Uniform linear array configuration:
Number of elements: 24
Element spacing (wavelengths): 0.5
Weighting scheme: uniform
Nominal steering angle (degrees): -45
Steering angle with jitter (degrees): -46.954
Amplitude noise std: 0.05
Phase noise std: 0.05

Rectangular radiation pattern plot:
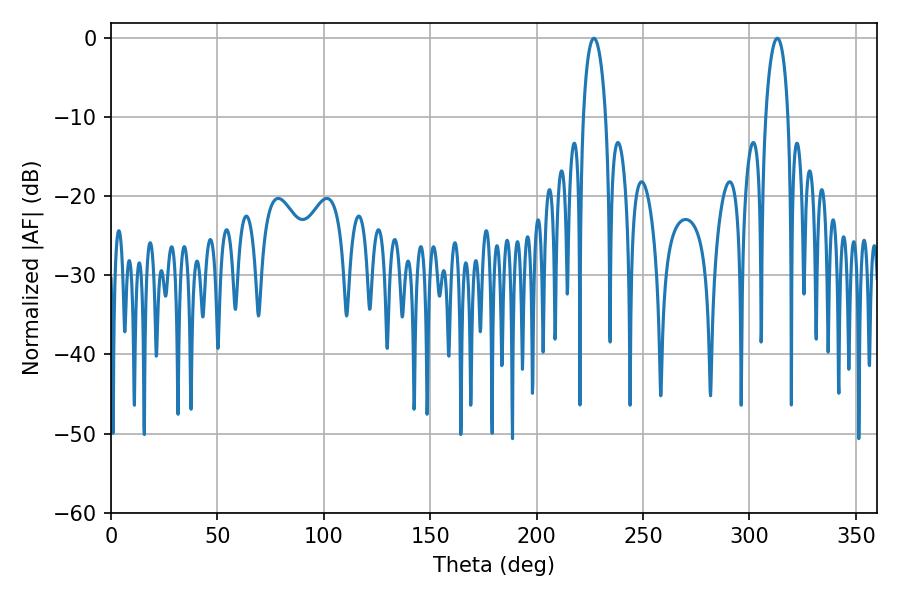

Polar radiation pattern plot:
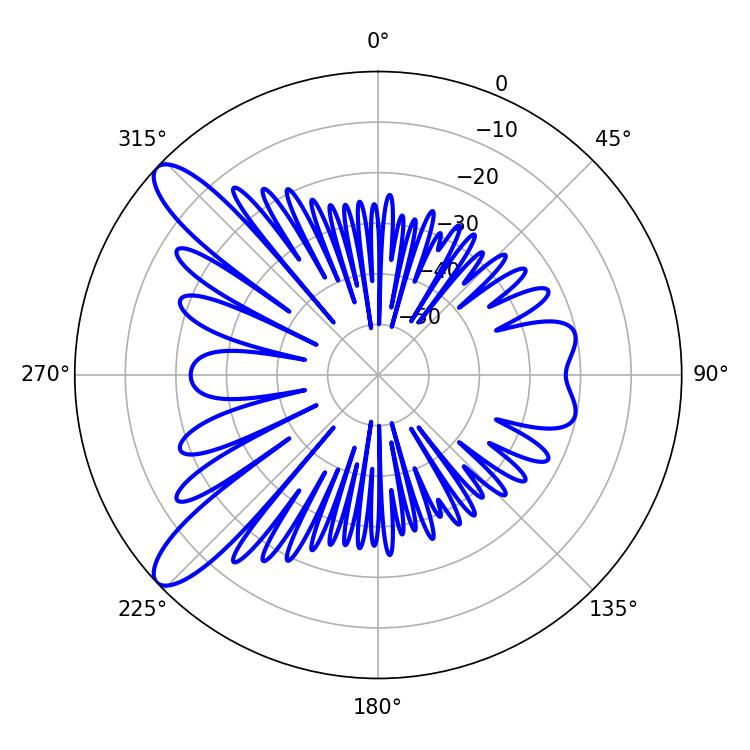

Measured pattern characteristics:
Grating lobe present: FALSE
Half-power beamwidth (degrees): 6.12
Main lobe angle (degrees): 226.98